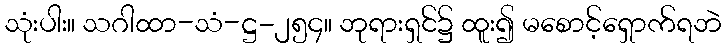
သုံးပါး။ သဂါထာ-သံ-ဋ္ဌ-၂၅၄။ ဘုရားရှင်၌ ထူး၍ မစောင့်ရှောက်ရဘဲ